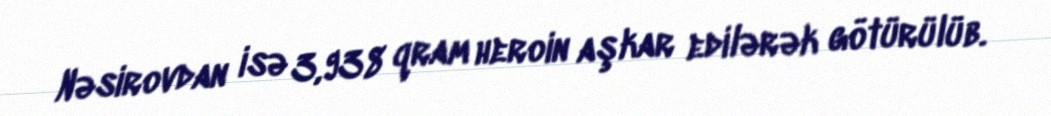
Nəsirovdan isə 3,938 qram heroin aşkar edilərək götürülüb.